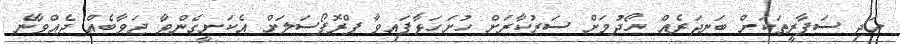
އަދި ސަފާރީތަކަށް ބަނދަރެއް ހޯދުމަށް ސަރުކާރަށް ހުށަހަޅާފައިވާ ޕްރޮޕޯސަލަށް އެކަށީގެންވާ ޖަވާބެއް ދެއްވާނެ